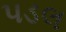
પડલ